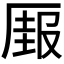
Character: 𰆣